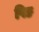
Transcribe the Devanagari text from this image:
पिङ